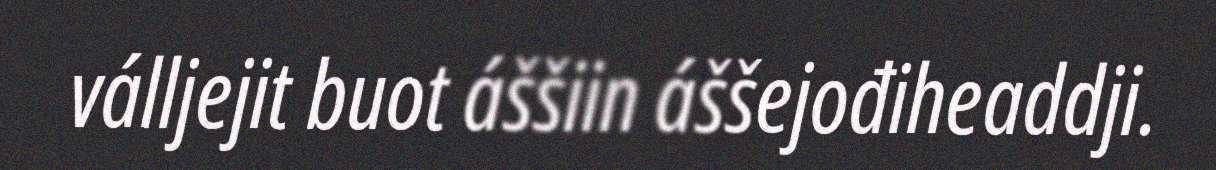
válljejit buot áššiin áššejođiheaddji.